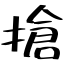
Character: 搶